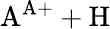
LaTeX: \mathrm{A^{A+}+H}